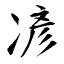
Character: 𫝏